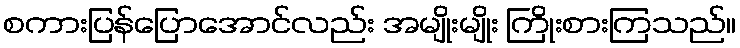
စကားပြန်ပြောအောင်လည်း အမျိုးမျိုး ကြိုးစားကြသည်။